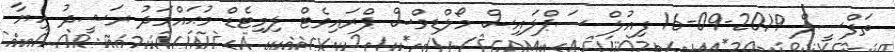
ތަފްސީލް 2019-09-16 ފިއުލް ސަޕްލައިސް މޯލްޑިވްސް ޕްރައިވެޓް ލިމިޓެޑް މުޙައްމަދު ރަޝީދު ހިޔާ